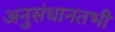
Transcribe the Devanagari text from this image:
अनुसंधानतभी